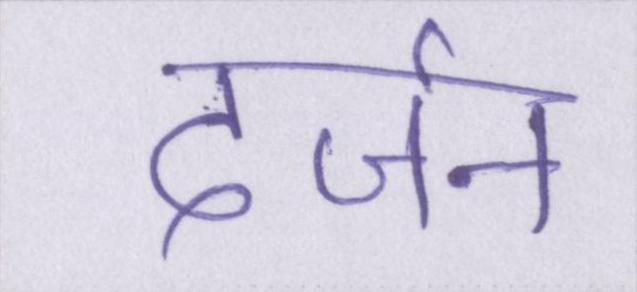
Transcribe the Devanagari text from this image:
दर्जन